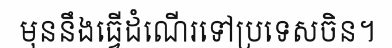
មុននឹងធ្វើដំណើរទៅប្រទេសចិន។